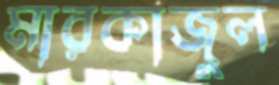
মারকাজুল